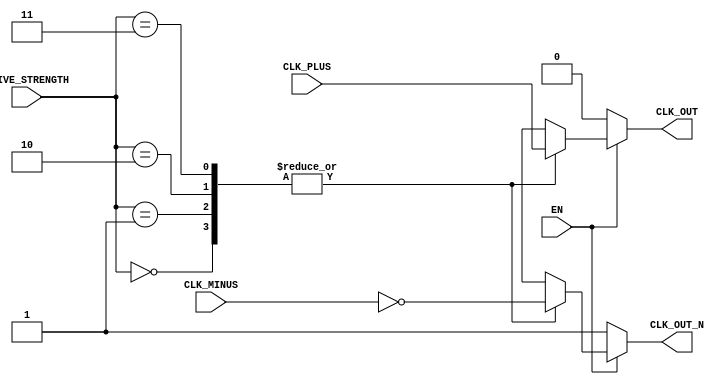
module DifferentialClockBuffer (
    input wire CLK_PLUS,       // Differential clock input positive
    input wire CLK_MINUS,      // Differential clock input negative
    input wire EN,             // Enable signal
    input wire [1:0] DRIVE_STRENGTH, // Programmable drive strength
    output reg CLK_OUT,        // Single-ended clock output
    output reg CLK_OUT_N       // Complementary single-ended clock output
);

    // Internal signals for amplification and control
    reg clk_plus_buf;
    reg clk_minus_buf;

    // Differential Amplification Stage
    always @(*) begin
        // Simple differential amplification logic
        clk_plus_buf = CLK_PLUS; // Buffer CLK+
        clk_minus_buf = ~CLK_MINUS; // Invert CLK- for differential output
    end

    // Control Logic for Output Stage
    always @(*) begin
        if (EN) begin
            // Drive strength control (simple example)
            case (DRIVE_STRENGTH)
                2'b00: begin
                    CLK_OUT = clk_plus_buf; // Low drive strength
                    CLK_OUT_N = clk_minus_buf; // Low drive strength
                end
                2'b01: begin
                    CLK_OUT = clk_plus_buf; // Medium drive strength
                    CLK_OUT_N = clk_minus_buf; // Medium drive strength
                end
                2'b10: begin
                    CLK_OUT = clk_plus_buf; // High drive strength
                    CLK_OUT_N = clk_minus_buf; // High drive strength
                end
                2'b11: begin
                    CLK_OUT = clk_plus_buf; // Maximum drive strength
                    CLK_OUT_N = clk_minus_buf; // Maximum drive strength
                end
                default: begin
                    CLK_OUT = 1'b0;
                    CLK_OUT_N = 1'b1; // Default state when disabled
                end
            endcase
        end else begin
            // If not enabled, drive outputs low
            CLK_OUT = 1'b0;
            CLK_OUT_N = 1'b1;
        end
    end

    // Optional: Hysteresis and Temperature compensation can be added here

endmodule